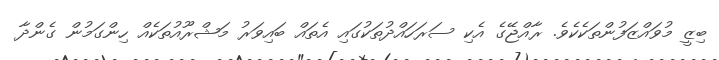
ބިޒީ މުވައްޒަފުންތަކެކެވެ. ރާއްޖޭގެ އެކި ސަރަހައްދުތަކުގައި އެތައް ބައިވަރު މަޝްރޫއުތަކެއް ހިންގަމުން ގެންދާ